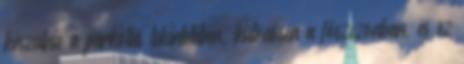
készülnie a parkolás tekintetében, különösen a főszezonban, és ez